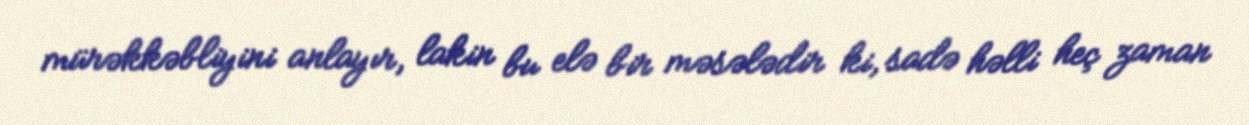
mürəkkəbliyini anlayır, lakin bu elə bir məsələdir ki, sadə həlli heç zaman